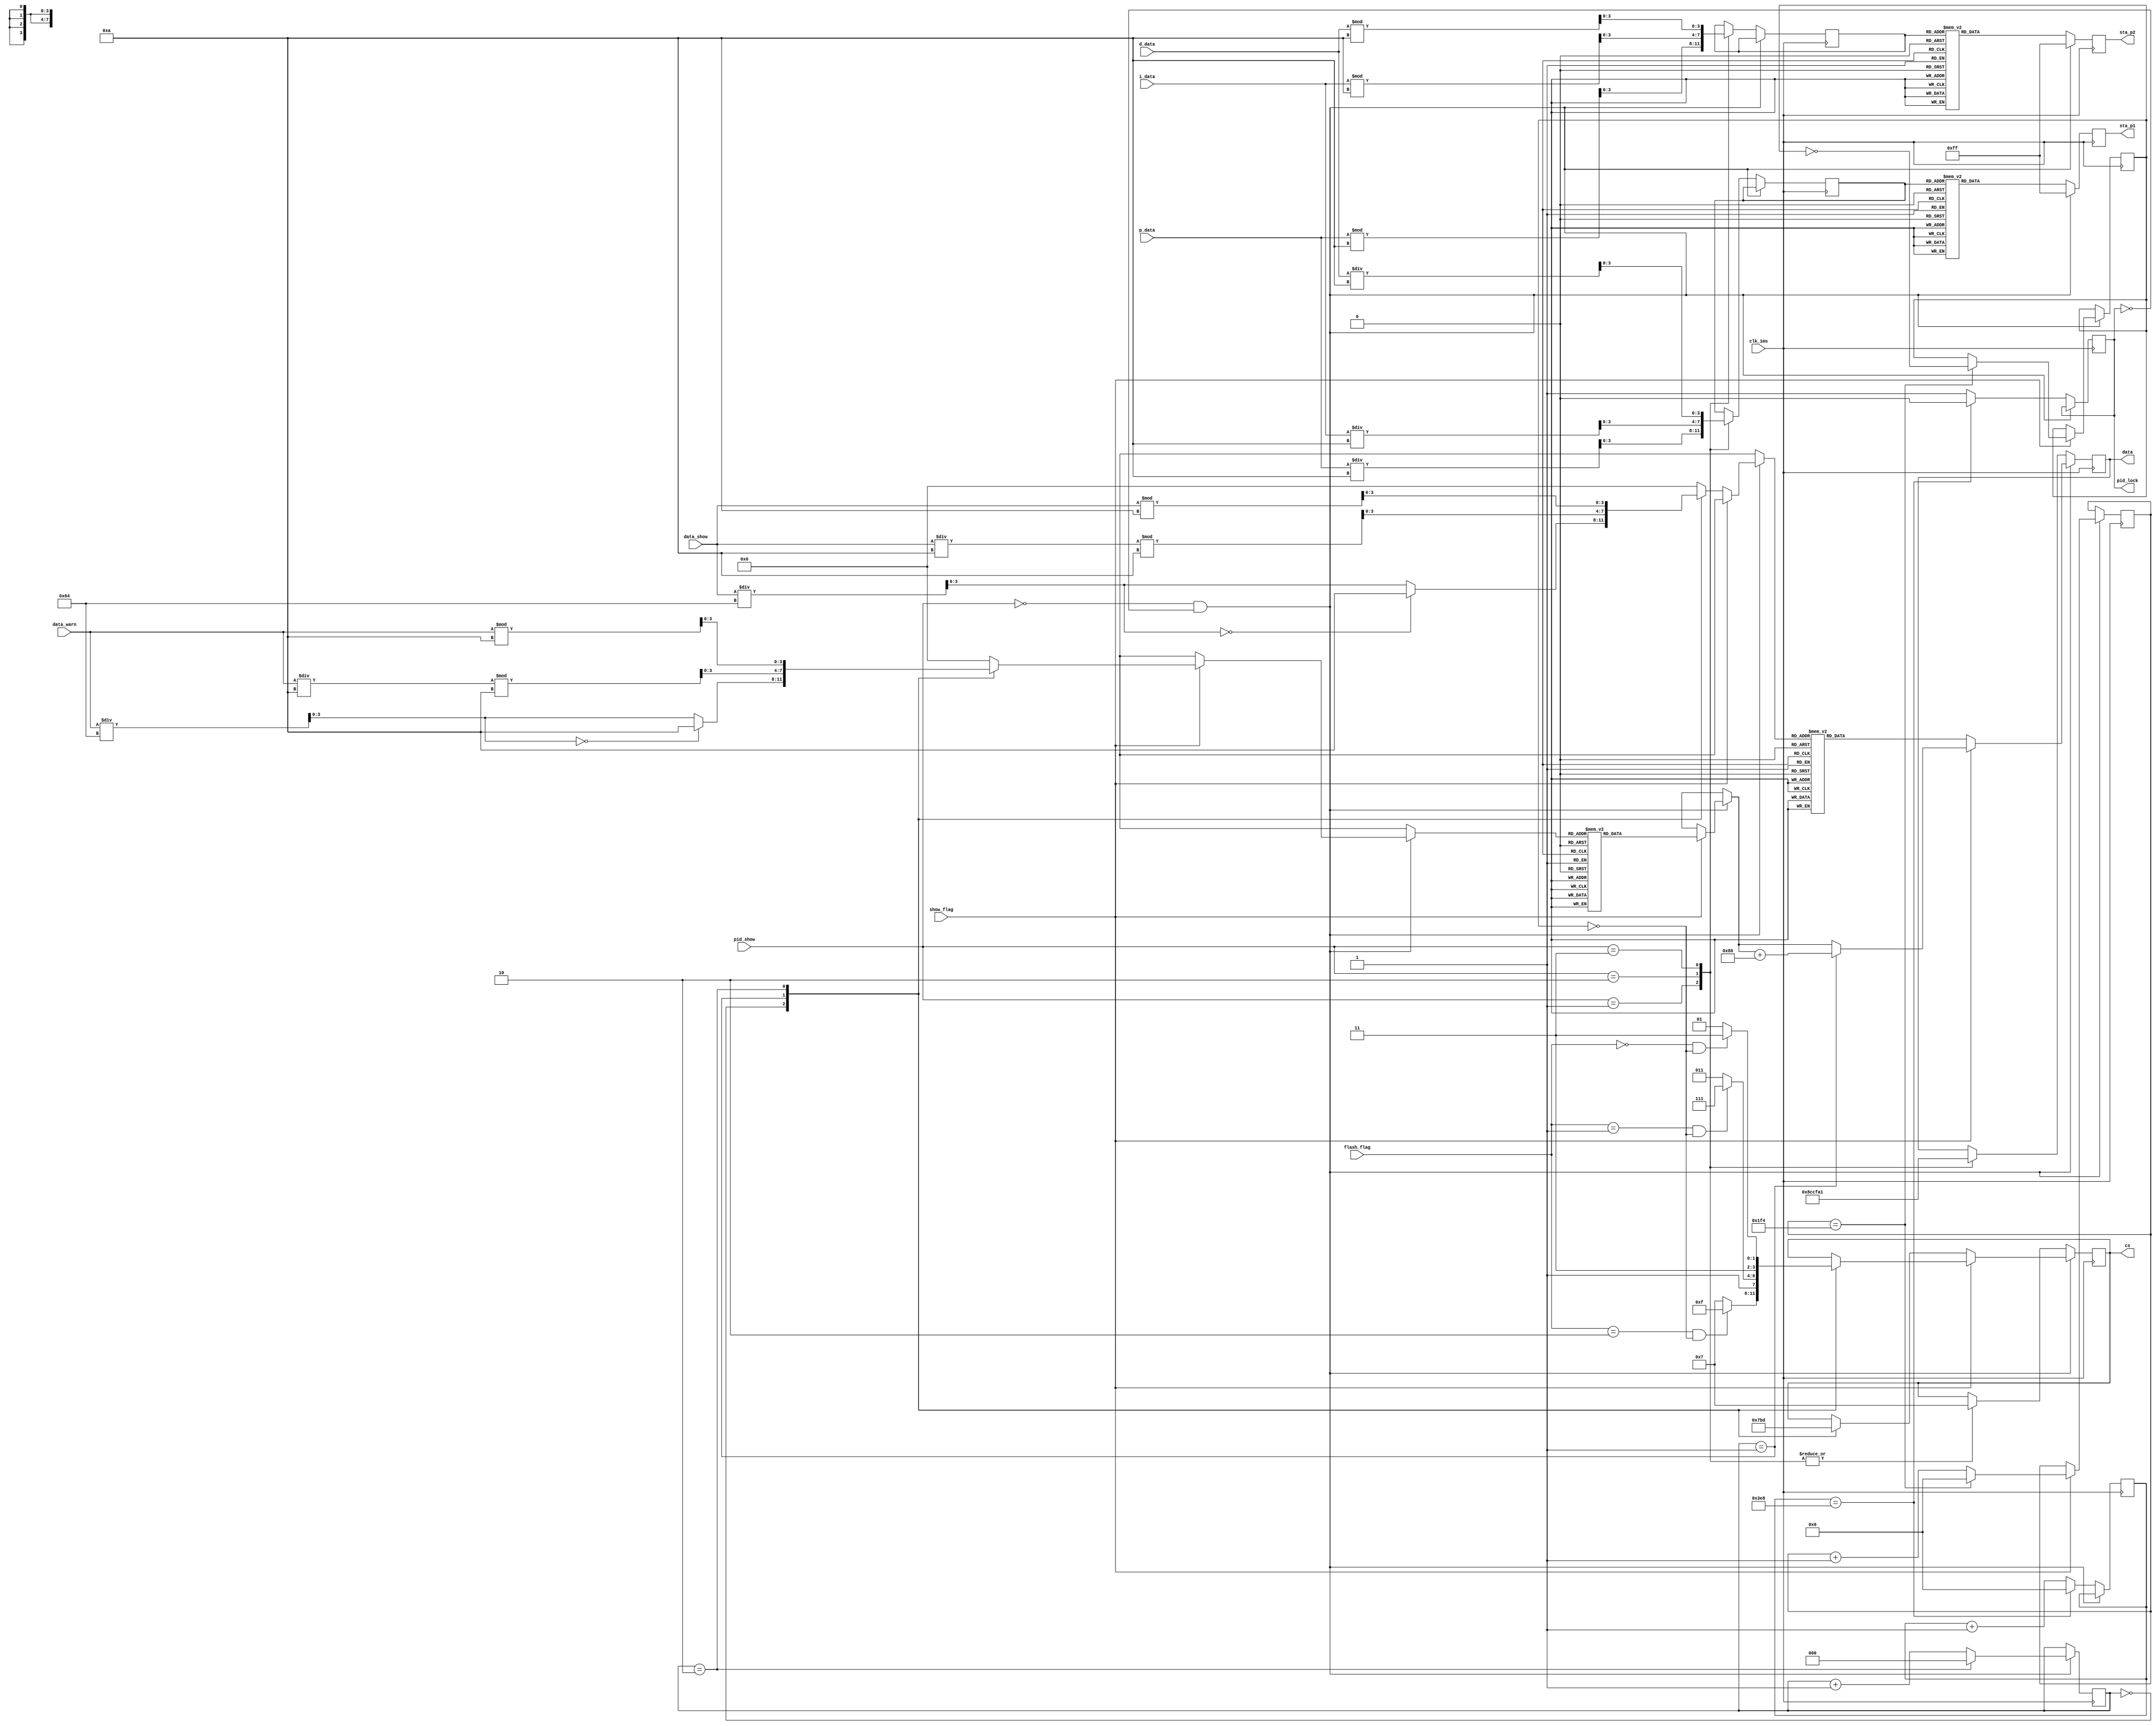
module led_show(flash_flag,show_flag,clk_1ms,cs,data_warn,data_show,data,sta_p1,sta_p2,p_data,i_data,d_data,pid_show,pid_lock);
input		clk_1ms;			
input		show_flag;		
input		[2:0]flash_flag;
input		[11:0]data_show;			
input		[11:0]data_warn;	
input    [9:0]p_data;
input    [9:0]i_data;
input    [9:0]d_data;
input    [1:0]pid_show;		
output	reg[3:0]cs;			
output	reg[7:0]data;		
output   reg[7:0]sta_p1;
output   reg[7:0]sta_p2;
output   reg pid_lock;


parameter	SEG_NUM0	=8'hC0,		
				SEG_NUM1	=8'hF9,		
				SEG_NUM2	=8'hA4,	
				SEG_NUM3	=8'hB0,	
				SEG_NUM4	=8'h99,	
				SEG_NUM5	=8'h92,	
				SEG_NUM6	=8'h82,	
				SEG_NUM7	=8'hF8,	
				SEG_NUM8	=8'h80,	
				SEG_NUM9	=8'h90,	
				SEG_DU   =8'hFF,	
				SEG_C    =8'hFF,	
				SEG_P    =8'h8C,                                                                                          
				SEG_I    =8'hCF,  
				SEG_D    =8'hA1,  
				SEG_NULL =8'hFF;			
reg			[2:0]cs_count;			
reg			[3:0]data_in;			
reg			[9:0]flash_count;		
reg			flash_single_flag;
reg         [9:0]pid_count; 
reg         [3:0]sta_p1_in;
reg         [3:0]sta_p2_in;
initial pid_lock=0;
always@(posedge clk_1ms)			
	begin
	if(pid_show==2'b00 && pid_lock==1'b0)
		  begin
				if(!show_flag)		
					begin
						if(cs_count==2)
							cs_count<=0;
						else
							cs_count<=cs_count+8'd1;
						if(cs_count==1)
							data<=data+8'h80;
						case(cs_count[2:0])
						3'd0:
							begin
							cs[3:0]=8'b0111;						
							data_in[3:0]=data_show/100;		
							if(data_in==0) 
							begin
								data_in=8'd10;
							end
							end 
						3'd1:			
							begin
							cs[3:0]=8'b1011;											
							data_in[3:0]=data_show/10%10;	
							end 
						3'd2:
							begin	
							cs[3:0]=8'b1101;						
							data_in[3:0]=data_show%10;		
							end
						default:data_in[3:0]=0;
						endcase
					
						case(data_in[3:0])
							8'd0:data[7:0]=SEG_NUM0;
							8'd1:data[7:0]=SEG_NUM1;
							8'd2:data[7:0]=SEG_NUM2;
							8'd3:data[7:0]=SEG_NUM3;
							8'd4:data[7:0]=SEG_NUM4;
							8'd5:data[7:0]=SEG_NUM5;
							8'd6:data[7:0]=SEG_NUM6;
							8'd7:data[7:0]=SEG_NUM7;
							8'd8:data[7:0]=SEG_NUM8;
							8'd9:data[7:0]=SEG_NUM9;
							8'd10:data[7:0]=SEG_NULL;
							default:data[7:0]=0;
						endcase
					end
				
				else					
					begin
						if(flash_count==10'd500)  
							begin
							flash_count<=0;
							flash_single_flag<=~flash_single_flag;
							end
						else
							flash_count<=flash_count+1'b1;
							
							
						case(cs_count[2:0])
						3'd0:
							begin
							if((flash_flag==2)&&(!flash_single_flag))
							cs[3:0]=8'b1111;
							else
							cs[3:0]=8'b0111;						
							data_in[3:0]=data_warn/100;		
							if(data_in==0) 
							begin
							   data_in=8'd10;
							end
							end 
						3'd1:			
							begin
							if((flash_flag==1)&&(!flash_single_flag))
							cs[3:0]=8'b1111;
							else
							cs[3:0]=8'b1011;												
							data_in[3:0]=data_warn/10%10;	
							end 
						3'd2:
							begin
							if((flash_flag==0)&&(!flash_single_flag))
							cs[3:0]=8'b1111;
							else
							cs[3:0]=8'b1101;						
							data_in[3:0]=data_warn%10;		
							end
						default:data_in[3:0]=0;
						endcase
					
						case(data_in[3:0])
							8'd0:data[7:0]=SEG_NUM0;
							8'd1:data[7:0]=SEG_NUM1;
							8'd2:data[7:0]=SEG_NUM2;
							8'd3:data[7:0]=SEG_NUM3;
							8'd4:data[7:0]=SEG_NUM4;
							8'd5:data[7:0]=SEG_NUM5;
							8'd6:data[7:0]=SEG_NUM6;
							8'd7:data[7:0]=SEG_NUM7;
							8'd8:data[7:0]=SEG_NUM8;
							8'd9:data[7:0]=SEG_NUM9;
							8'd10:data[7:0]=SEG_NULL;
							default:data[7:0]=0;
						endcase
						if(cs_count==2)
							cs_count<=0;
						else
							cs_count<=cs_count+8'd1;
				 		if(cs_count==1)
							data<=data+8'h80;		
					end
					sta_p1[7:0]=SEG_DU;
					sta_p2[7:0]=SEG_C;
			end
	else 
		  begin
		   case(pid_show[1:0])
		   2'd1:
		      begin
		         cs[3:0]<=8'b0111;					
				   data[7:0]<=SEG_P;
				   sta_p1_in[3:0]<=p_data/10;
				   sta_p2_in[3:0]<=p_data%10;
		      end
		   2'd2:
		      begin
		         cs[3:0]<=8'b0111;					
				   data[7:0]<=SEG_I;
				   sta_p1_in[3:0]<=i_data/10;
				   sta_p2_in[3:0]<=i_data%10;
		      end
		   2'd3:
		      begin
		         cs[3:0]<=8'b0111;					
				   data[7:0]<=SEG_D;
				   sta_p1_in[3:0]<=d_data/10;
				   sta_p2_in[3:0]<=d_data%10;
		      end			
		   endcase
			case(sta_p1_in[3:0])
					8'd0:sta_p1[7:0]=SEG_NUM0;
					8'd1:sta_p1[7:0]=SEG_NUM1;
					8'd2:sta_p1[7:0]=SEG_NUM2;
					8'd3:sta_p1[7:0]=SEG_NUM3;
					8'd4:sta_p1[7:0]=SEG_NUM4;
					8'd5:sta_p1[7:0]=SEG_NUM5;
					8'd6:sta_p1[7:0]=SEG_NUM6;
					8'd7:sta_p1[7:0]=SEG_NUM7;
					8'd8:sta_p1[7:0]=SEG_NUM8;
					8'd9:sta_p1[7:0]=SEG_NUM9;
					default:sta_p1[7:0]=0;
				endcase
			case(sta_p2_in[3:0])
					8'd0:sta_p2[7:0]=SEG_NUM0;
					8'd1:sta_p2[7:0]=SEG_NUM1;
					8'd2:sta_p2[7:0]=SEG_NUM2;
					8'd3:sta_p2[7:0]=SEG_NUM3;
					8'd4:sta_p2[7:0]=SEG_NUM4;
					8'd5:sta_p2[7:0]=SEG_NUM5;
					8'd6:sta_p2[7:0]=SEG_NUM6;
					8'd7:sta_p2[7:0]=SEG_NUM7;
					8'd8:sta_p2[7:0]=SEG_NUM8;
					8'd9:sta_p2[7:0]=SEG_NUM9;
					default:sta_p2[7:0]=0;
				endcase
			if(pid_count==10'd1000)   
		   	begin
				   pid_count<=0;
					pid_lock<=0;
				end
			else
			   begin
					pid_count<=pid_count+1'b1;
					pid_lock<=1;
				end
		end	
	end		
endmodule